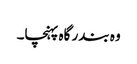
وہ بندر گاہ پہنچا۔